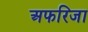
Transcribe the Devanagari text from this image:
अफरिजा